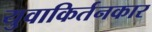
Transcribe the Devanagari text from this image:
युवाकिर्तनकार